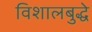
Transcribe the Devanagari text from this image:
विशालबुद्धे